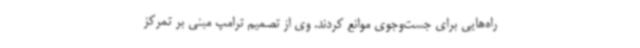
راه‌هایی برای جست‌وجوی موانع کردند. وی از تصمیم ترامپ مبنی بر تمرکز